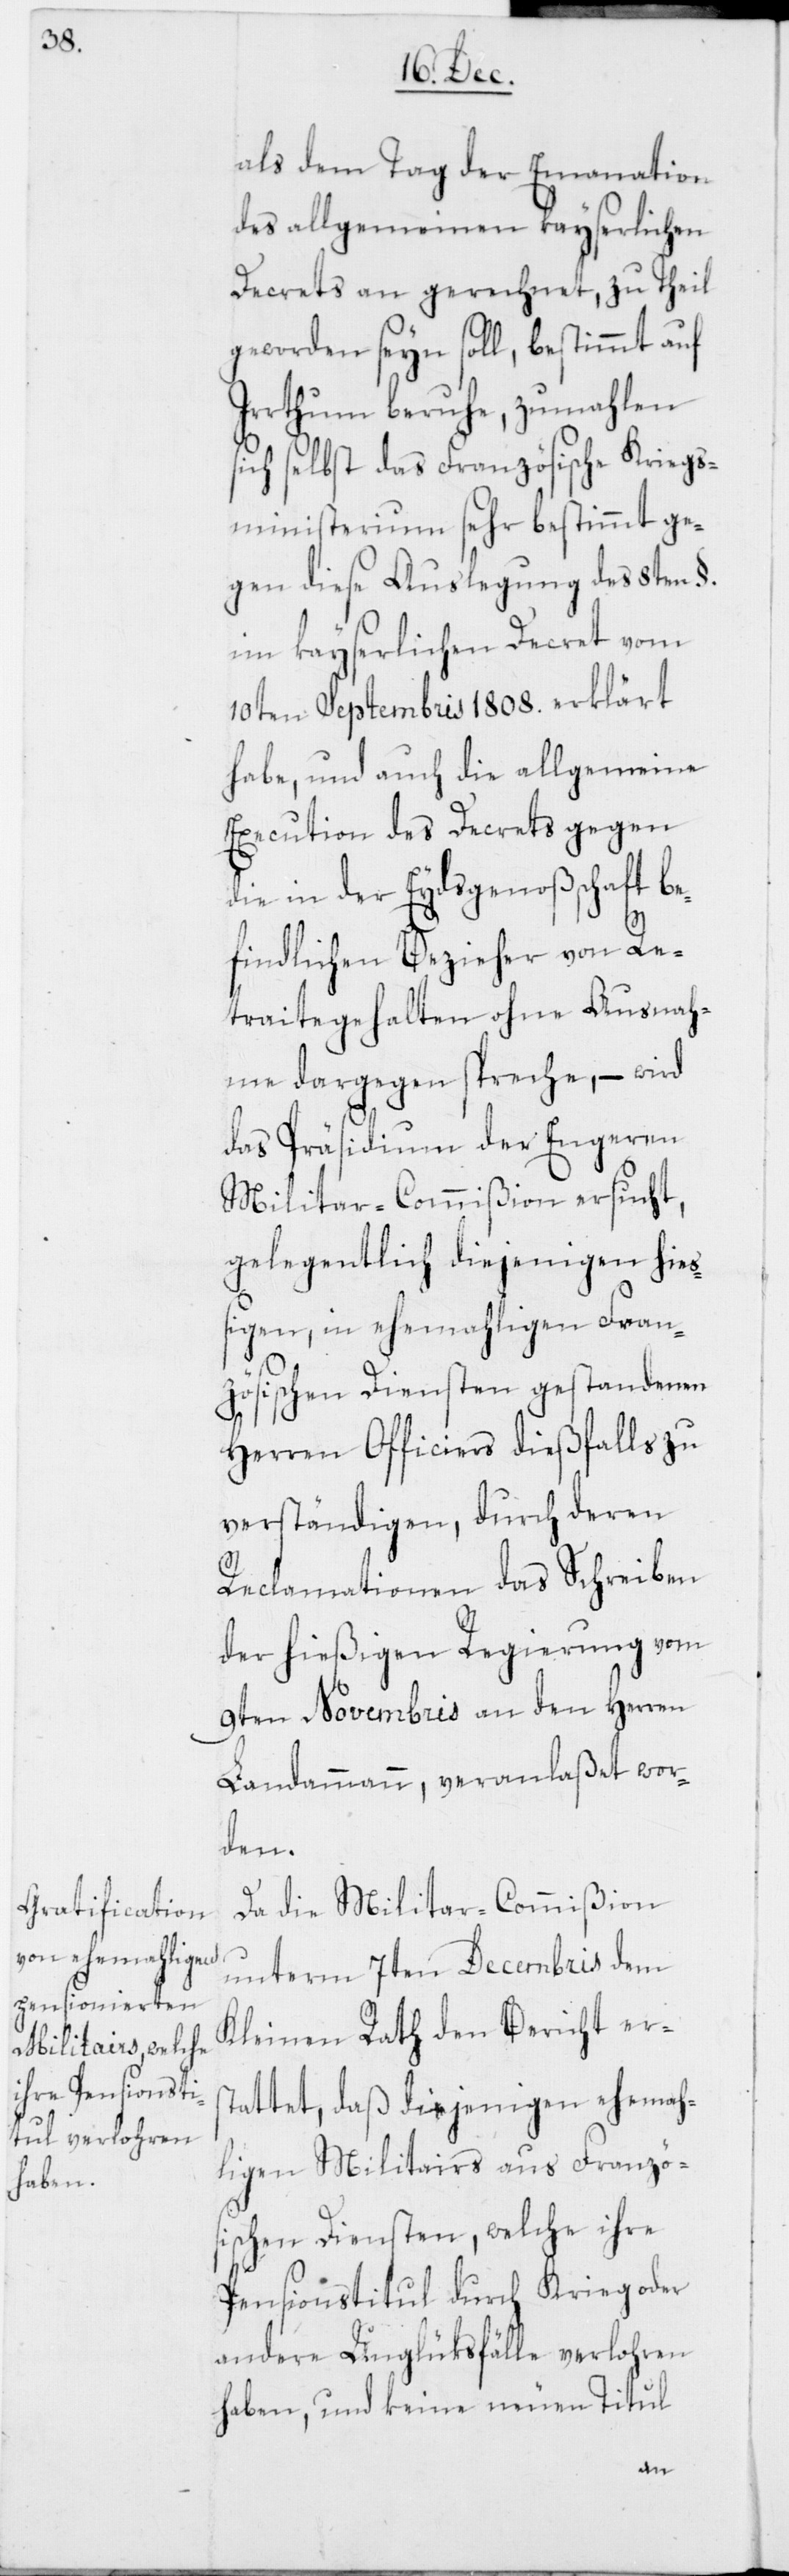
als dem Tag der Emanation
des allgemeinen kayserlichen
Decrets an gerechnet, zu Theil
geworden seyn soll, bestimmt auf
Irrthum beruhe, zumahlen
ich selbst das Französische Kriegs¬
ministerium sehr bestimmt ge¬
gen diese Auslegung des 8ten §.
im kayserlichen Decret vom
10ten Septembris 1808. erklärt
habe, und auch die allgemeine
Execution des Decrets gegen
die in der Eydsgenoßschaft be¬
s¬
findlichen Bezieher von Re¬
traitegehalten ohne Ausnah¬
me dargegen spreche, – wird
das Präsidium der Engeren
Militar-Commißion ersucht,
gelegentlich diejenigen hie¬
ßigen, in ehemahligen Fran¬
zösischen Diensten gestandenen
Herren Officiers dießfalls zu
verständigen, durch deren
Reclamationen das Schreiben
der hießigen Regierung vom
9ten Novembris an den Herren
Landammann, veranlaßet wor¬
den.
Da die Militar-Commißion
unterm 7ten Decembris dem
Kleinen Rath den Bericht ers¬
tattet, daß diejenigen ehemah¬
ligen Militairs aus Französ¬
ischen Diensten, welche ihre
Pensionstitul durch Krieg oder
andere Unglüksfälle verlohren
haben, und keine neuen Titul